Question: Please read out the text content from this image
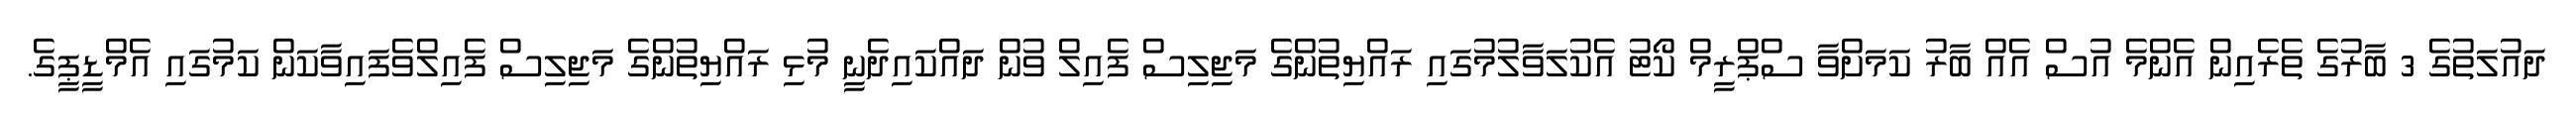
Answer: ދައުލަތުގެ 3 ބާރުގެ ތެރެއިން އެންމެ އުސް އެއް ބާރު ކަމަށްވާ ސްޕްރީމް ކޯޓު އެކުލަވާލުމުގައި ރައްޔިތުންގެ މަޖިލިސް ފެއިލް ވުން ދައްކައިދެނީ މުޅި ރައްޔިތުންގެ މަޖިލިސް ފެއިލްވެފައިވާކަން ކަމުގައި އެމްޑީޕީގެ.